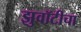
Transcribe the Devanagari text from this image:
झुवॉटीचा